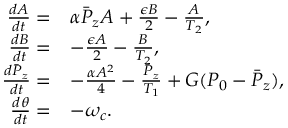
\begin{array} { r l } { \frac { d A } { d t } = } & { \alpha \bar { P } _ { z } A + \frac { \epsilon B } { 2 } - \frac { A } { T _ { 2 } } , } \\ { \frac { d B } { d t } = } & { - \frac { \epsilon A } { 2 } - \frac { B } { T _ { 2 } } , } \\ { \frac { d \bar { P } _ { z } } { d t } = } & { - \frac { \alpha A ^ { 2 } } { 4 } - \frac { \bar { P } _ { z } } { T _ { 1 } } + G ( P _ { 0 } - \bar { P } _ { z } ) , } \\ { \frac { d \theta } { d t } = } & { - \omega _ { c } . } \end{array}